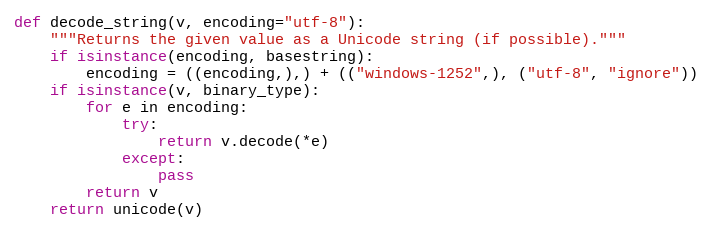
Language: Python
def decode_string(v, encoding="utf-8"):
    """Returns the given value as a Unicode string (if possible)."""
    if isinstance(encoding, basestring):
        encoding = ((encoding,),) + (("windows-1252",), ("utf-8", "ignore"))
    if isinstance(v, binary_type):
        for e in encoding:
            try:
                return v.decode(*e)
            except:
                pass
        return v
    return unicode(v)